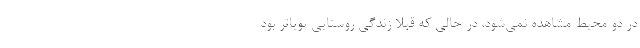
در دو محیط مشاهده نمی‌شود، در حالی که قبلا زندگی روستایی پویاتر بود